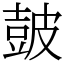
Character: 皷